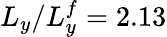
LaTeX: L_{y}/L_{y}^{f}=2.13